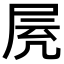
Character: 𡱓